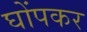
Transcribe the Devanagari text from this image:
घोंपकर